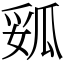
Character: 㼏